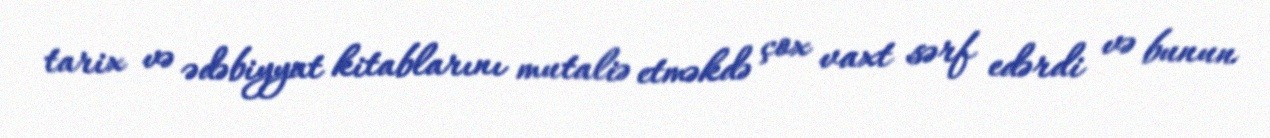
tarix və ədəbiyyat kitablarını mutaliə etməkdə çox vaxt sərf edərdi və bunun